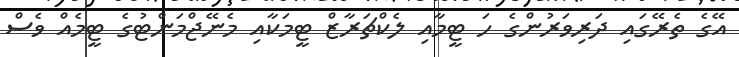
އޭގެ ތެރޭގައި ދަރިވަރުންގެ ހަ ޓީމާއި ލެކްޗަރާޒް ޓީމަކާއި މެނޭޖްމަންޓުގެ ޓީމެއް ވެސް